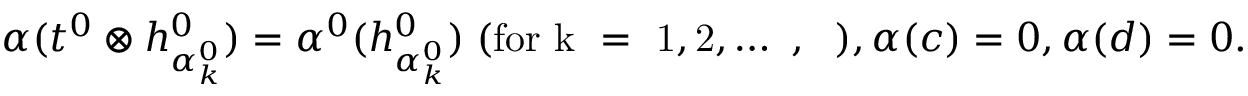
{ \alpha } ( t ^ { 0 } \otimes h _ { { \alpha } _ { k } ^ { 0 } } ^ { 0 } ) = { \alpha } ^ { 0 } ( h _ { { \alpha } _ { k } ^ { 0 } } ^ { 0 } ) \; \mathrm { ( f o r ~ k ~ = ~ 1 , 2 , \ldots ~ , \ell ~ ) } , { \alpha } ( c ) = 0 , { \alpha } ( d ) = 0 .